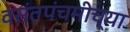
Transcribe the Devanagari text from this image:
वसंतपंचमीच्या